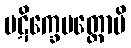
ပဋိက္ခေပတ္ထောပိ